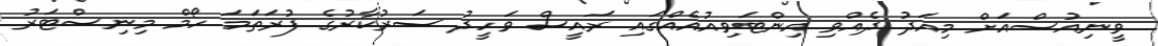
ވީނިއުސްއަށް މިއަދު ދެއްވި އިންޓަވިއުއެއްގައި ރައީސް ވަހީދު ސަރުކާރުގެ ފުރަތަމަ ހޯމް މިނިސްޓަރު